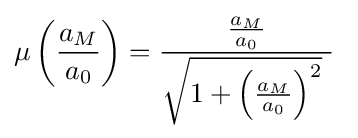
\mu \left({\frac {a_{M}}{a_{0}}}\right)={\frac {\frac {a_{M}}{a_{0}}}{{\sqrt {1+\left({\frac {a_{M}}{a_{0}}}\right)^{2}}}~}}~